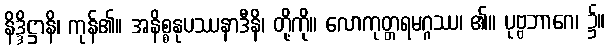
နိဒ္ဒိဋ္ဌာနိ၊ ကုန်၏။ အနိစ္စနုပဿနာဒီနိ၊ တို့ကို။ လောကုတ္တရမဂ္ဂဿ၊ ၏။ ပုဗ္ဗဘာဂေ၊ ၌။